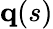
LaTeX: \mathbf{q}(s)